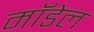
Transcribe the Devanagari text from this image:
माॅडेल